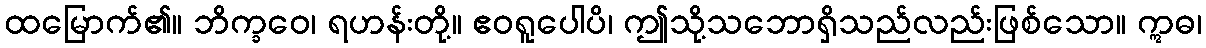
ထမြောက်၏။ ဘိက္ခဝေ၊ ရဟန်းတို့။ ဧဝရူပေါပိ၊ ဤသို့သဘောရှိသည်လည်းဖြစ်သော။ ဣဓ၊